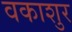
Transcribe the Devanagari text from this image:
वकाशुर